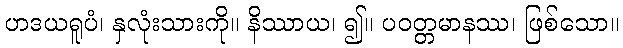
ဟဒယရူပံ၊ နှလုံးသားကို။ နိဿာယ၊ ၍။ ပဝတ္တမာနဿ၊ ဖြစ်သော။